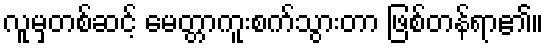
လူမှတစ်ဆင့် မေတ္တာကူးစက်သွားတာ ဖြစ်တန်ရာ၏။